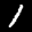
Label: 1